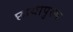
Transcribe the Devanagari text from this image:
छायापुरुष